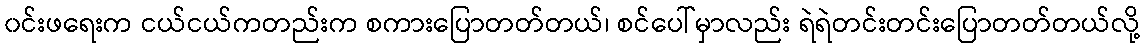
၀င်းဖရေးက ငယ်ငယ်ကတည်းက စကားပြောတတ်တယ်၊ စင်ပေါ်မှာလည်း ရဲရဲတင်းတင်းပြောတတ်တယ်လို့